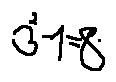
3 ^ { 2 } - 1 = 8